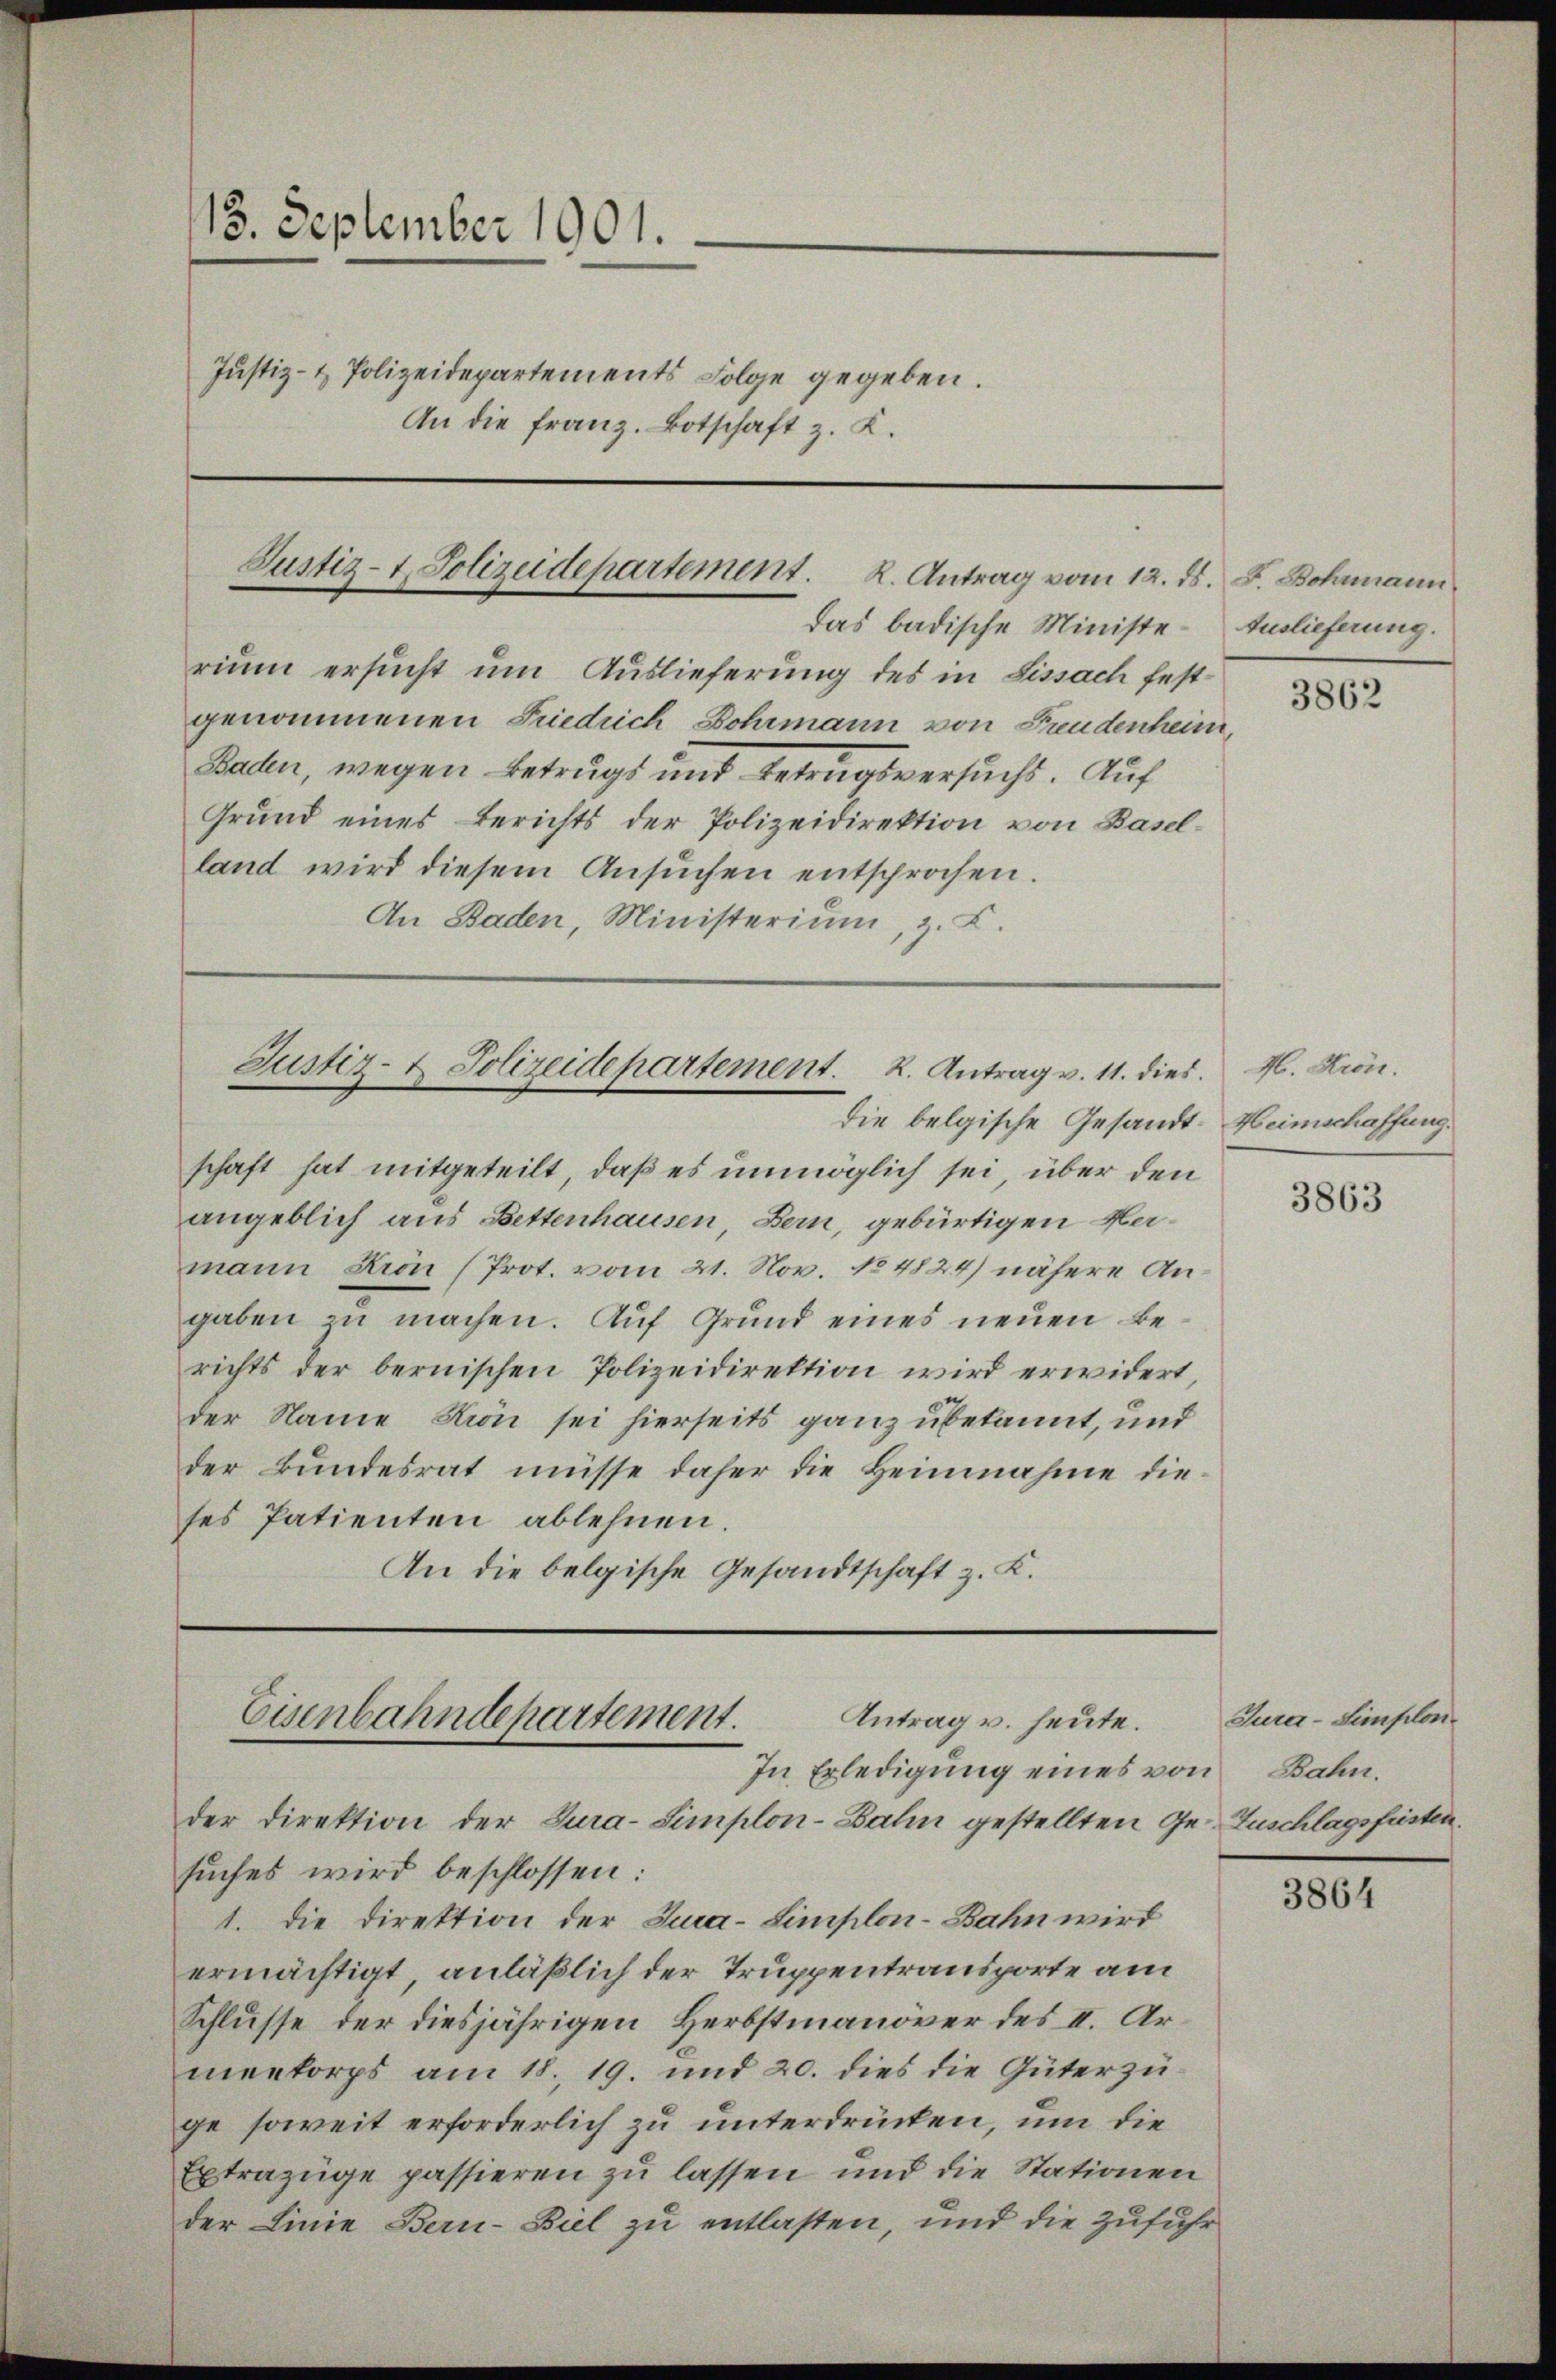
13. September 1901.
Justiz- & Polizeidepartements Folge gegeben.
An die franz. Botschaft z. K.

Justiz- & Polizeidepartement. 2. Antrag vom 12. ds.
das badische Ministe Auslieferung.

Justiz- & Polizeidepartement. 2. Antrag v. 11. dies. M. Hrn.
die belgische Gesandt-Heimschaffung.

Antrag v. heute.
Eisenbahndepartement.
In Erledigung eines von
der Direktion der Tura-Simplon-Bahn gestellten Ge- Zuschlagsfristen.

rium ersucht um Auslieferung des in Lissach festgenommenen Friedrich Dohrmann von Freudenheim,
Baden, wegen Betrugs und Betrugsversuchs. Auf
Grund eines Berichts der Polizeidirektion von Baselland wird diesem Ansŭchen entsprochen.
An Baden, Ministerium, z. B.

schaft hat mitgeteilt, daß es unmöglich sei, über den
angeblich aus Bettenhausen, Bern, gebürtigen Namann Krin (Prot. vom 21. Nov. No 4824) nähere Angaben zu machen. Auf Grund eines neuen Berichts der bernischen Polizeidirektion wird erwidert,
der Name Krön sei hierseits ganz ubekannt, und
der Bundesrat müsse daher die Heinnahme dieses Patienten ablehnen
An die belgische Gesandtschaft z. K.

sŭches wird beschlossen:
1. Die Direktion der Jura-Simplon-Bahn wird
ermächtigt, anläßlich der Truppentransporte am
Schlusse der diesjährigen Herbstmanöver des II. Armeekorps am 18. 19. und 20. dies die Güterzuge soweit erforderlich zu unterdrücken, um die
Extrazüge passieren zu lassen und die Stationen
der Linie Bern-Biel zu entlasten, und die Zufuhr

F. Bohrmann

3862

3863

Tura-Simplon
Bahn.

3864